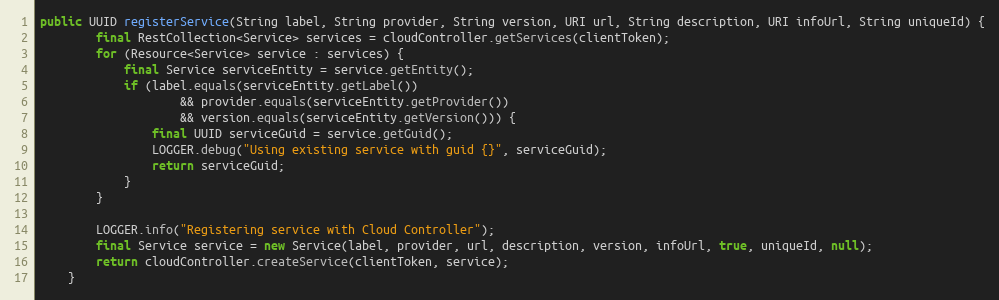
Language: Java
public UUID registerService(String label, String provider, String version, URI url, String description, URI infoUrl, String uniqueId) {
		final RestCollection<Service> services = cloudController.getServices(clientToken);
		for (Resource<Service> service : services) {
			final Service serviceEntity = service.getEntity();
			if (label.equals(serviceEntity.getLabel())
					&& provider.equals(serviceEntity.getProvider())
					&& version.equals(serviceEntity.getVersion())) {
				final UUID serviceGuid = service.getGuid();
				LOGGER.debug("Using existing service with guid {}", serviceGuid);
				return serviceGuid;
			}
		}

		LOGGER.info("Registering service with Cloud Controller");
		final Service service = new Service(label, provider, url, description, version, infoUrl, true, uniqueId, null);
		return cloudController.createService(clientToken, service);
	}